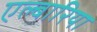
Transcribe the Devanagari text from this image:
एल्बारिया